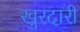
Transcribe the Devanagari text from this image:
खुरदारी